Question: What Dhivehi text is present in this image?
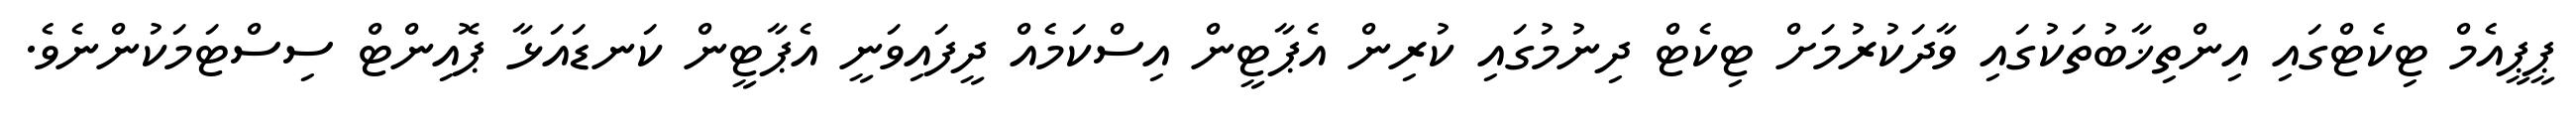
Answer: ޕީޕީއެމް ޓިކެޓްގައި އިންތިޚާބުތަކުގައި ވާދަކުރުމަށް ޓިކެޓް ދިނުމުގައި ކުރިން އެޕާޓީން އިސްކަމެއް ދީފައިވަނީ އެޕާޓީން ކަނޑައަޅާ ޕޮއިންޓް ސިސްޓަމަކުންނެވެ.